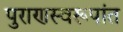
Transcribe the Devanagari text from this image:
पुराणस्वरूपांत